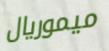
ميموريال